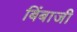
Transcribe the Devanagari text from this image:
बिंबाजी